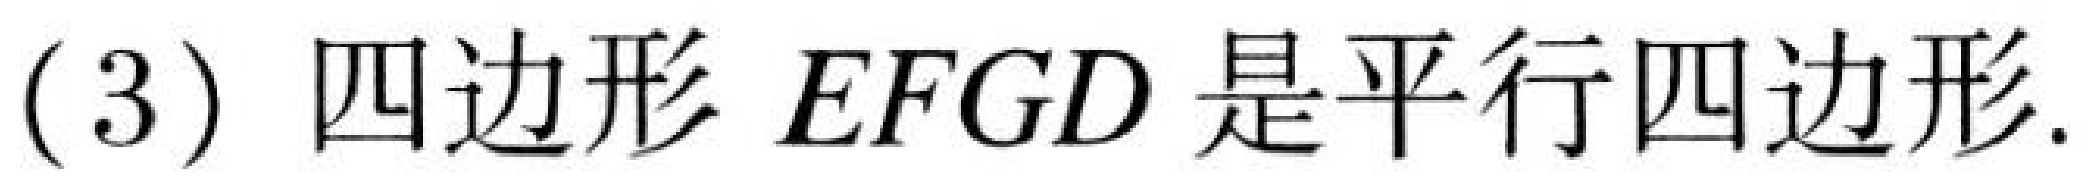
(3) 四边形$EFGD$是平行四边形.